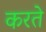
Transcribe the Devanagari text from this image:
करते